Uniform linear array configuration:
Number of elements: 64
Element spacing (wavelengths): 0.25
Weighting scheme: binomial
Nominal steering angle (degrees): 45
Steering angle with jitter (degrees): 45.378
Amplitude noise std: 0.05
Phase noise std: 0.05

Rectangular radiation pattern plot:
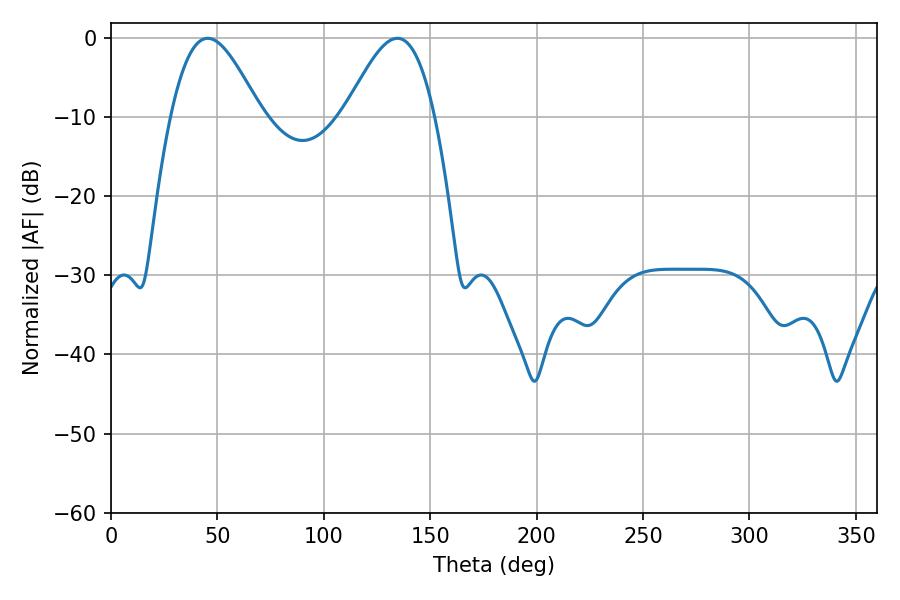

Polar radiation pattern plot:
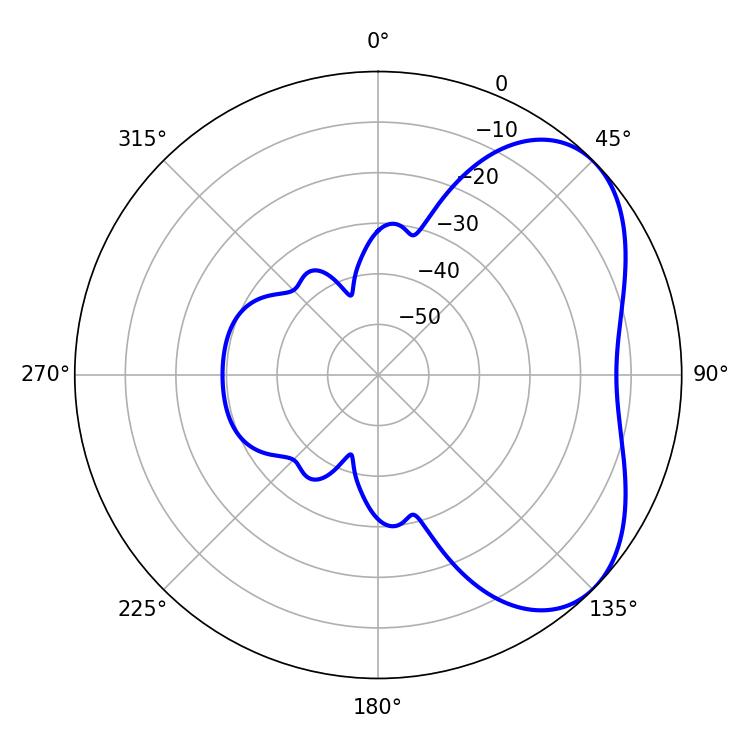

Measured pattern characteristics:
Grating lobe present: FALSE
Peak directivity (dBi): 4.793
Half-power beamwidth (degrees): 22.5
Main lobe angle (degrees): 45.36